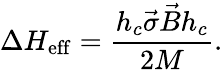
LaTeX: \Delta H_{\mathrm{eff}}=\frac{h_{c}\vec{\sigma}\vec{B}h_{c}}{2M}.